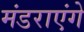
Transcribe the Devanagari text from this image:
मंडराएंगे